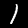
Label: 1